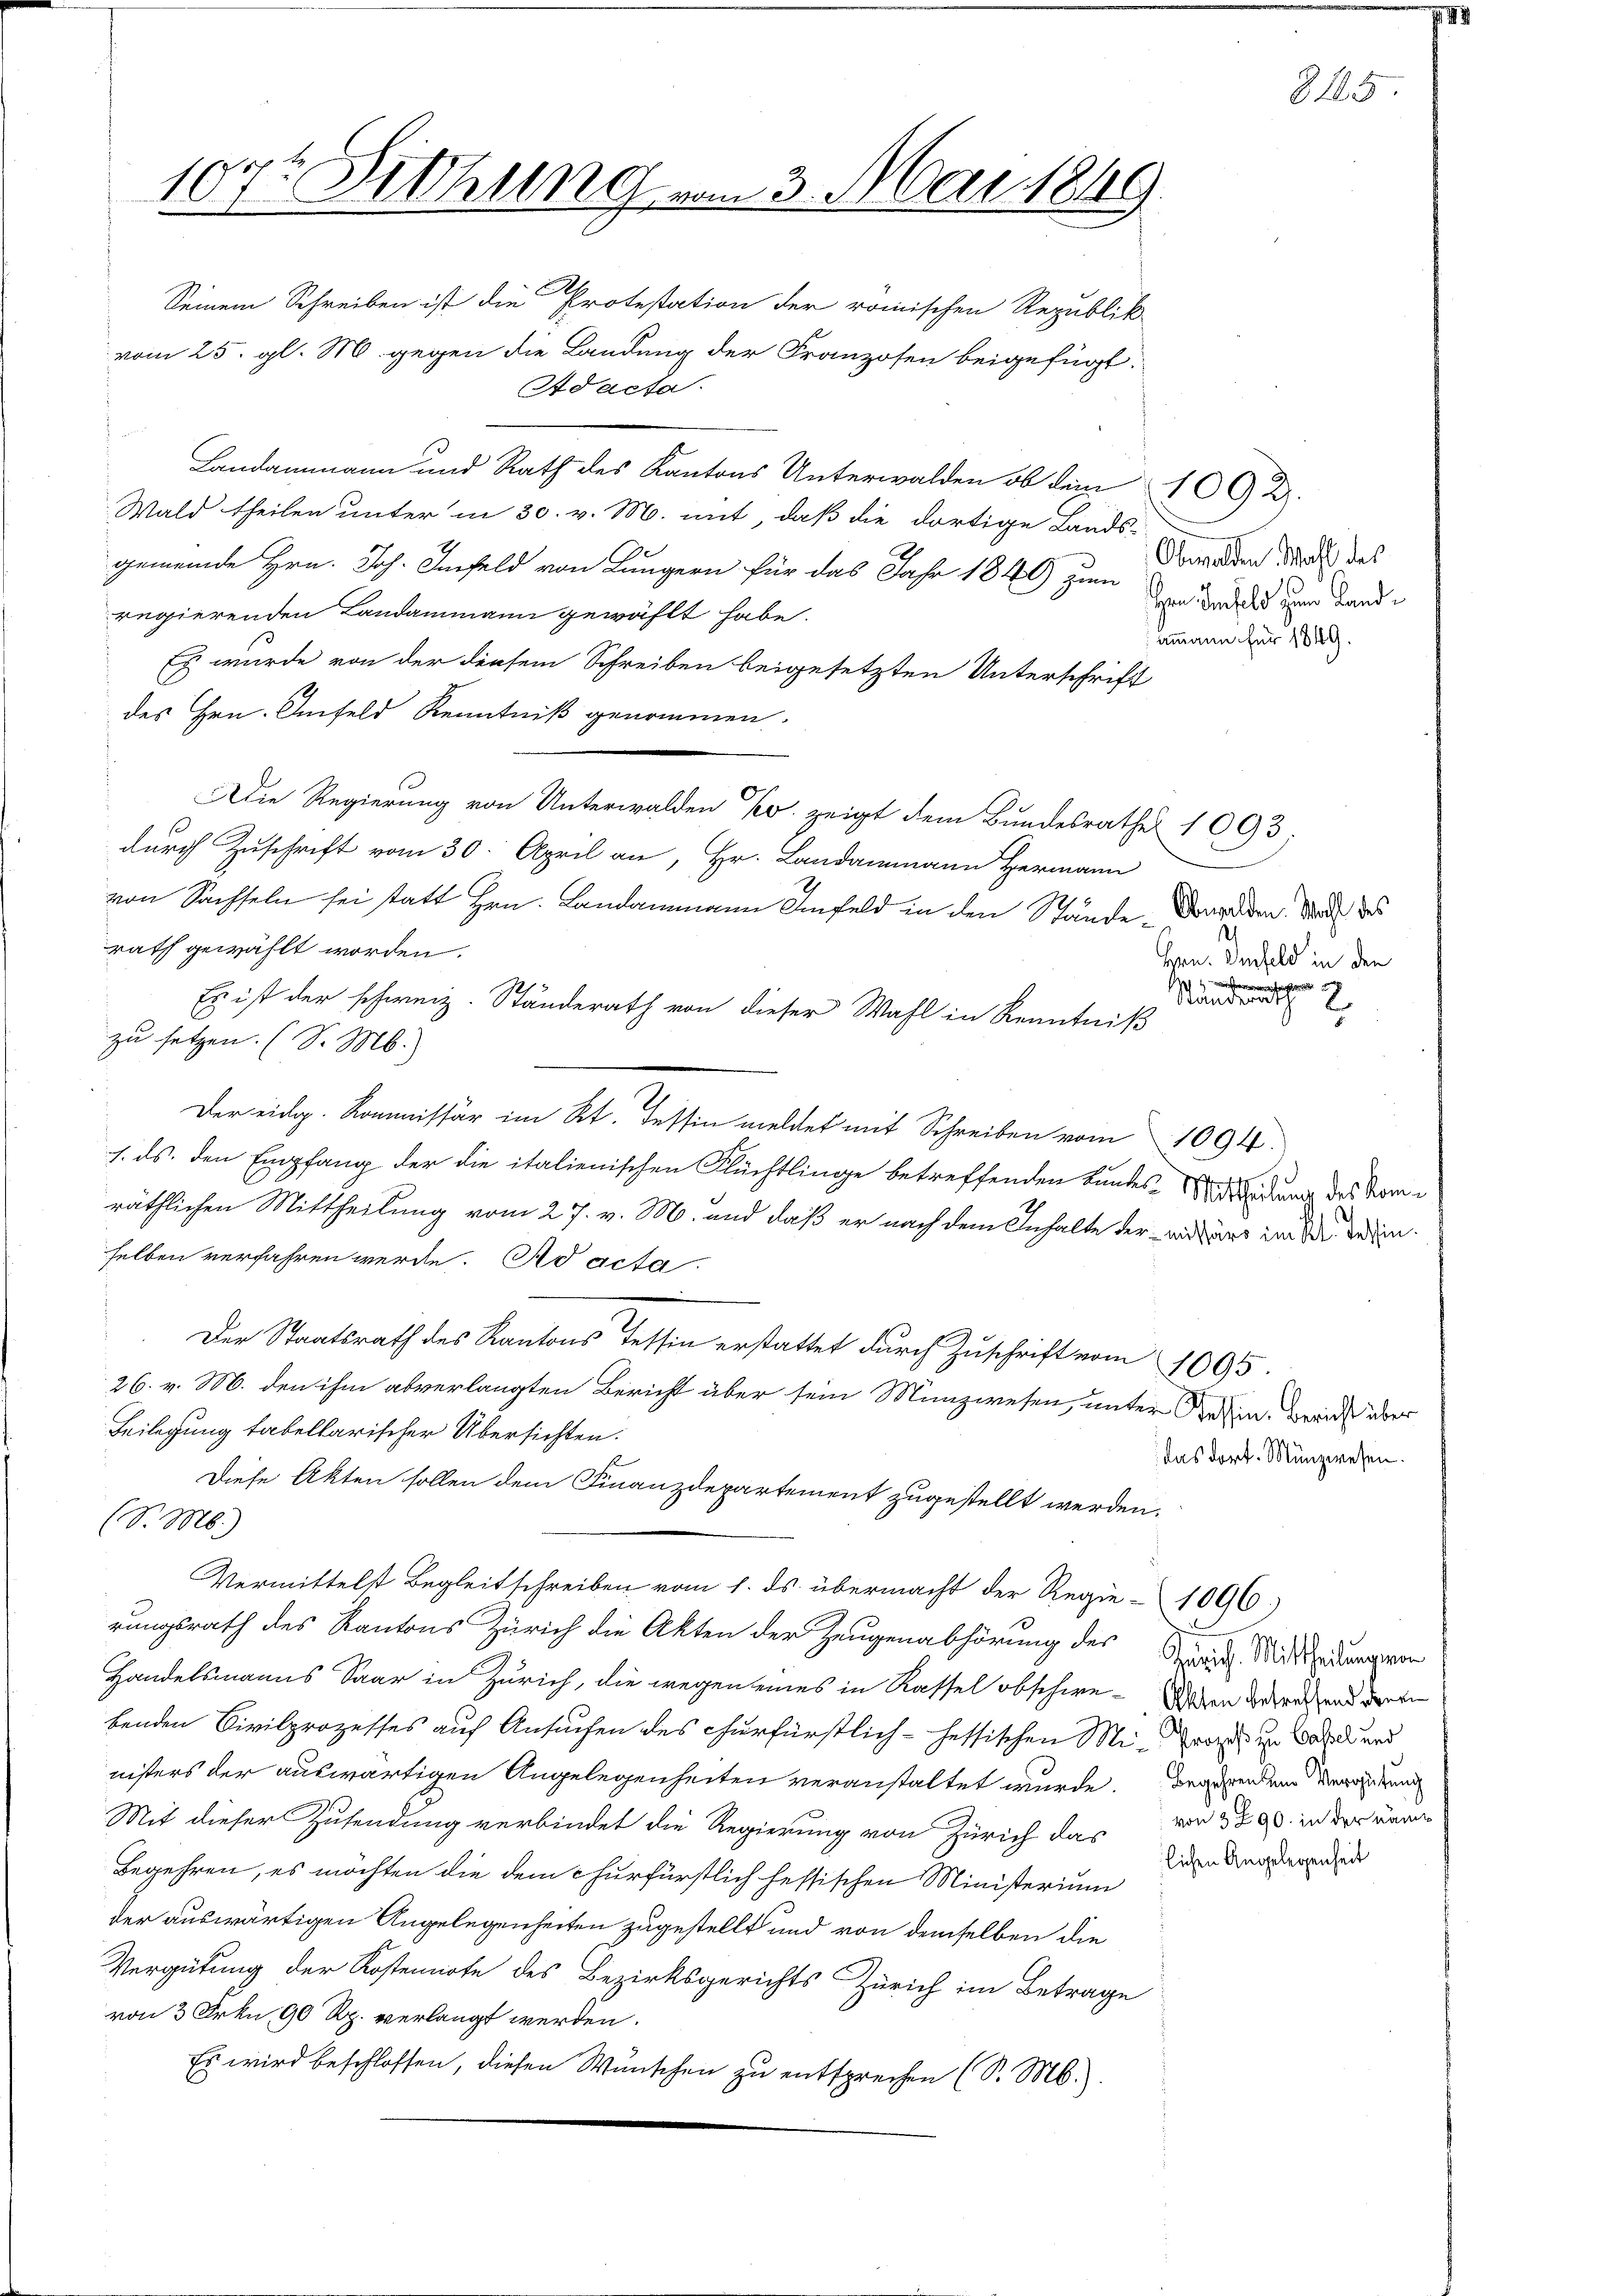
107t Kithung vom 3. Mai 1849.
s

Seinem Schreiben ist die Protestation der römischen Republik
vom 25. gl. M. gegen die Landung der Franzosen beigefügt.
Ad acta.
Landammann und Rath des Kantons Unterwalden ob dem 1002.
Wald theilen unter in 30. v. M. mit, daß die dortige Lands-
gemeinde Hrn. Joh. Infeld von Lungern für das Jahr 1846 zum
regierenden Landammann gewählt habe.
Es wurde von der diesem Schreiben beigesetzten Unterschrift
des Hrn. Imfeld Kenntniß genommen.
Die Regierung von Unterwalden Er zeigt dem Bundesrathes 1093.
durch Zuschrift vom 30. April an, Hr. Landammann Hermann
von Sachseln sei statt Hrn. Landammann Imfeld in den Stände. Dardern, daß des
rath gewählt worden.
Es ist der schweiz. Ständerath von dieser Wahl in Kenntniß
zu setzen. (S. M.)
Der eidg. Kommissär im Kt. Tessin meldet mit Schreiben vom 1094.
1. ds. den Empfang der die italienischen Flüchtlinge betreffenden Bundes-Wesendung des Komräthlichen Mittheilung vom 27. v. M. und daß er nach dem Inhalte der verart in die den
selben verfahren werde. Ad acta
Der Staatsrath des Kantons Tessia erstattet durch Zuschrift vom 1095.
26. v. M. den ihm abverlangten Bericht über sein Münzwesen, unter Wein, beide über
Beilegung tabellarischer Übersichten.
das dort. Münzwesen.
Diese Akten sollen dem Finanzdepartement zugestellt werden.
S. M.)
Vermittelst Begleitschreiben vom 1. ds. übermacht der Regie-1096
rungsrath des Kantons Zürich die Akten der Zeugenabhörung des San Mittheidungen
Handelsmanns Saar in Zürich, die wegen eines in Kassel obschie-Wagen Gebrechens deren
benden Civilprozesses auf Ansuchen des churfürstlich - hessischen Mi-Pra in Bahn und
nisters der auswärtigen Angelegenheiten veranstaltet wurde. Begehrendend der und
Mit dieser Zusendung verbindet die Regierung von Zürich das der 389. in der anm
lichen Angelegenheit
Begehren, es möchten die dem churfürstlich hessischen Ministerium
der auswärtigen Angelegenheiten zugestellt und von demselben die
Vergütung der Kostennote des Bezirksgerichts Zürich im Betrage
von 3 Frkn. 90 Rp. verlangt werden.
Es wird beschlossen, diesen Wunschen zu entsprechen (S. M.)

Obwalden Wahl des
en Infeld zum Landammann für 1849.

8185

Gen. Denfeld in den

Ständerath